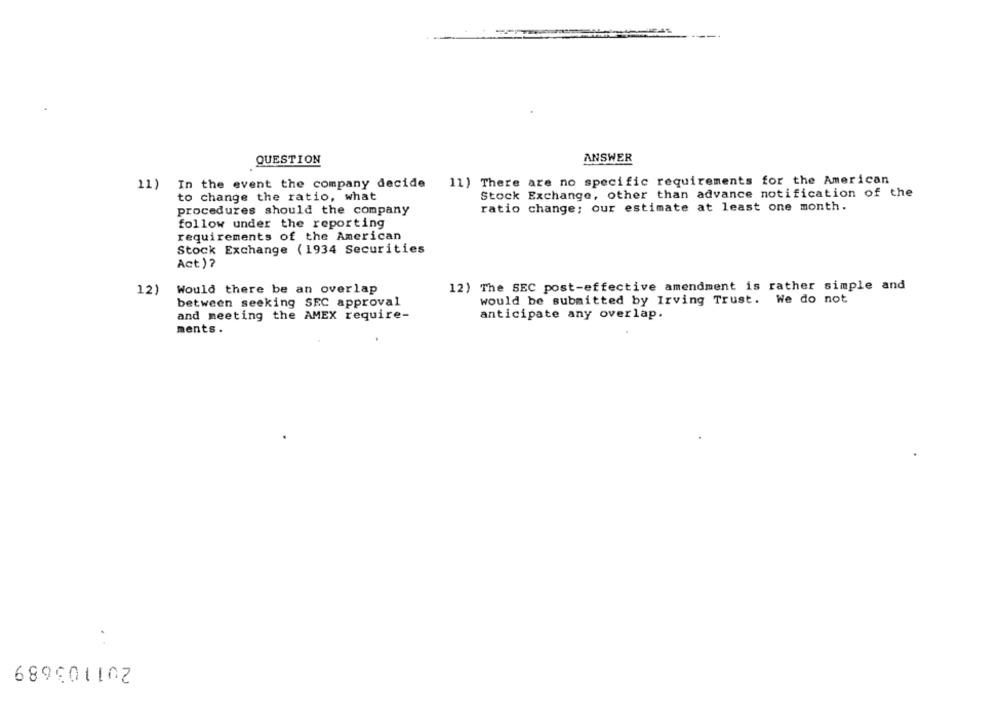
ANSWER
QUESTION
11)
In the event the company decide 11) There are no specific requirements for the American
Stock Exchange, other than advance notification of the
to change the ratio, what
procedures should the company
ratio change; our estimate at least one month.
follow under the reporting
requirements of the American
Stock Exchange (1934 Securities
Act ) ?
12) The SEC post-effective amendment is rather simple and
12)
Would there be an overlap
between seeking SEC approval
would be submitted by Irving Trust. We do not
and meeting the AMEX require-
anticipate any overlap.
ments .
201103689